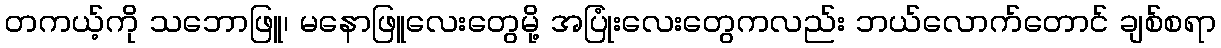
တကယ့်ကို သဘောဖြူ၊ မနောဖြူလေးတွေမို့ အပြုံးလေးတွေကလည်း ဘယ်လောက်တောင် ချစ်စရာ